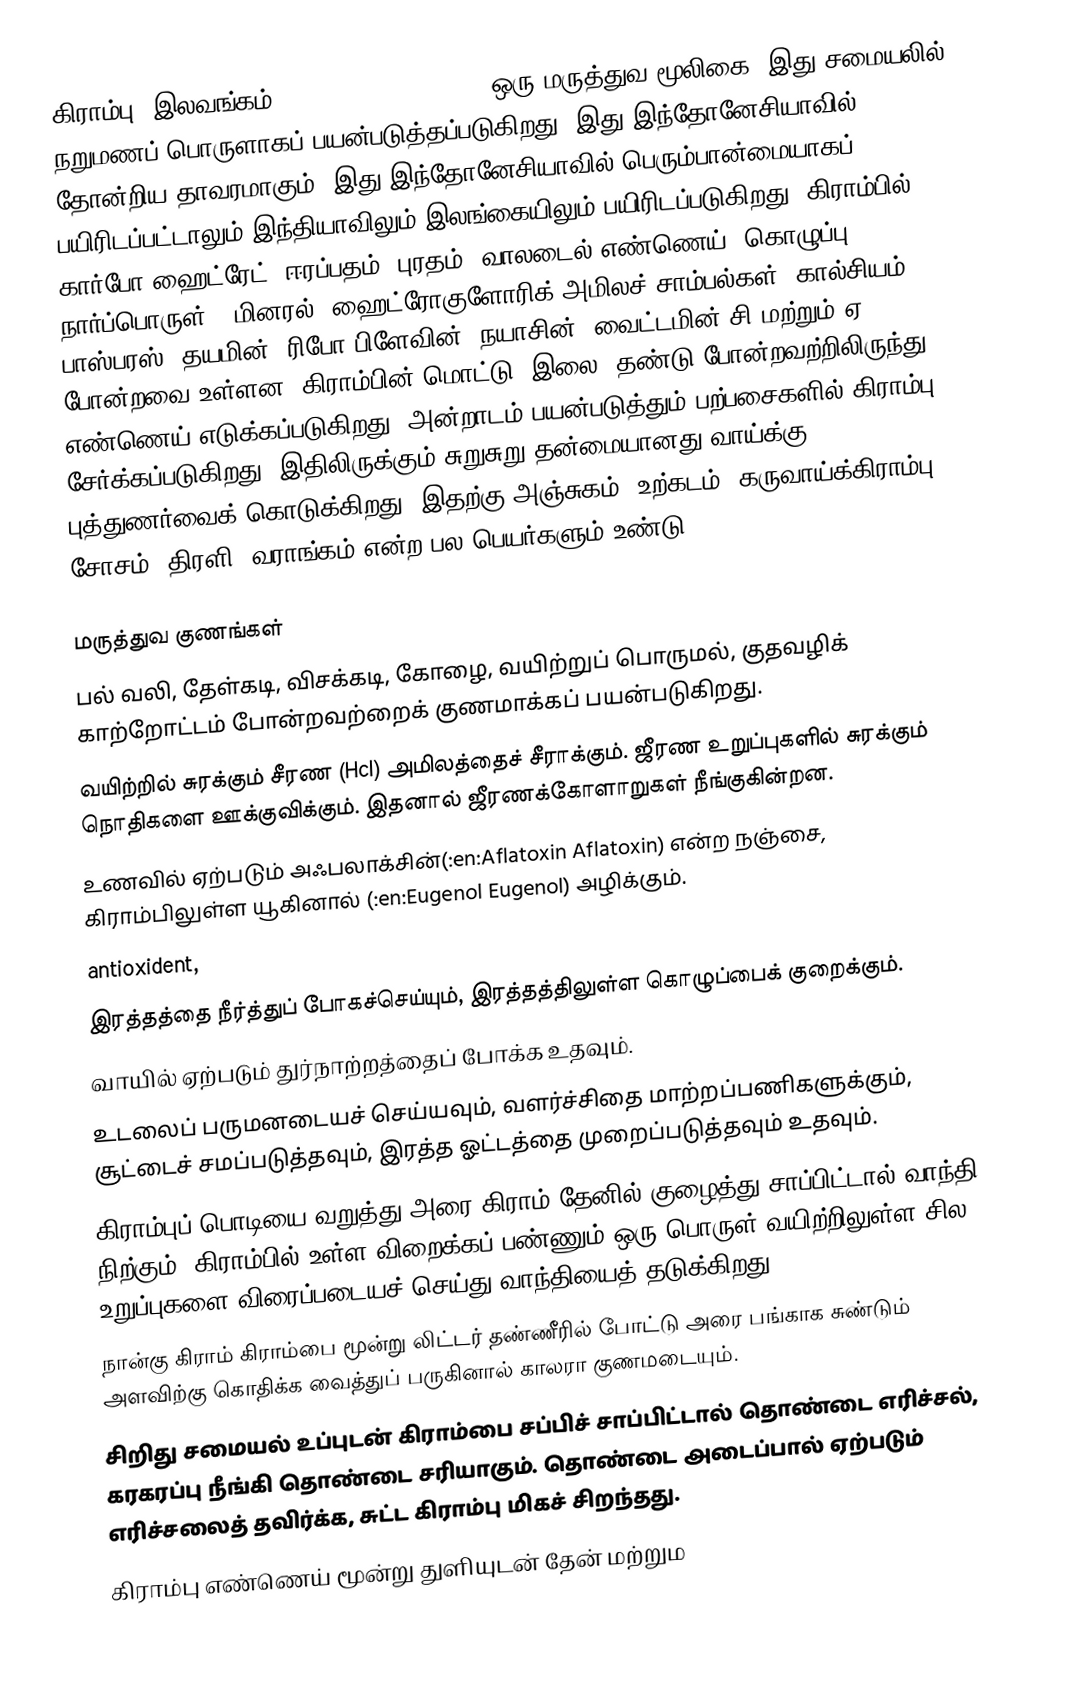
கிராம்பு (இலவங்கம், Syzygium aromaticum) ஒரு மருத்துவ மூலிகை. இது சமையலில் நறுமணப் பொருளாகப் பயன்படுத்தப்படுகிறது. இது இந்தோனேசியாவில் தோன்றிய தாவரமாகும். இது இந்தோனேசியாவில் பெரும்பான்மையாகப் பயிரிடப்பட்டாலும் இந்தியாவிலும் இலங்கையிலும் பயிரிடப்படுகிறது. கிராம்பில் கார்போ ஹைட்ரேட், ஈரப்பதம், புரதம், வாலடைல் எண்ணெய், கொழுப்பு,  நார்ப்பொருள் , மினரல், ஹைட்ரோகுளோரிக் அமிலச் சாம்பல்கள், கால்சியம், பாஸ்பரஸ், தயமின், ரிபோ பிளேவின், நயாசின், வைட்டமின் சி மற்றும் ஏ போன்றவை உள்ளன. கிராம்பின் மொட்டு, இலை, தண்டு போன்றவற்றிலிருந்து எண்ணெய் எடுக்கப்படுகிறது. அன்றாடம் பயன்படுத்தும் பற்பசைகளில் கிராம்பு சேர்க்கப்படுகிறது. இதிலிருக்கும் சுறுசுறு தன்மையானது வாய்க்கு புத்துணர்வைக் கொடுக்கிறது. இதற்கு அஞ்சுகம், உற்கடம், கருவாய்க்கிராம்பு, சோசம், திரளி, வராங்கம் என்ற பல பெயர்களும் உண்டு.

மருத்துவ குணங்கள்
 பல் வலி, தேள்கடி, விசக்கடி, கோழை, வயிற்றுப் பொருமல், குதவழிக் காற்றோட்டம் போன்றவற்றைக் குணமாக்கப் பயன்படுகிறது.
 வயிற்றில் சுரக்கும் சீரண (Hcl) அமிலத்தைச் சீராக்கும். ஜீரண உறுப்புகளில் சுரக்கும் நொதிகளை ஊக்குவிக்கும். இதனால் ஜீரணக்கோளாறுகள் நீங்குகின்றன.
 உணவில் ஏற்படும் அஃபலாக்சின்(:en:Aflatoxin Aflatoxin) என்ற நஞ்சை, கிராம்பிலுள்ள யூகினால் (:en:Eugenol Eugenol) அழிக்கும்.
 antioxident,
 இரத்தத்தை நீர்த்துப் போகச்செய்யும், இரத்தத்திலுள்ள கொழுப்பைக் குறைக்கும்.
 வாயில் ஏற்படும் துர்நாற்றத்தைப் போக்க உதவும்.
 உடலைப் பருமனடையச் செய்யவும், வளர்ச்சிதை மாற்றப்பணிகளுக்கும், சூட்டைச் சமப்படுத்தவும், இரத்த ஓட்டத்தை முறைப்படுத்தவும் உதவும்.
 கிராம்புப் பொடியை வறுத்து அரை கிராம் தேனில் குழைத்து சாப்பிட்டால் வாந்தி நிற்கும். கிராம்பில் உள்ள விறைக்கப் பண்ணும் ஒரு பொருள் வயிற்றிலுள்ள சில உறுப்புகளை விரைப்படையச் செய்து வாந்தியைத் தடுக்கிறது.
 நான்கு கிராம் கிராம்பை மூன்று லிட்டர் தண்ணீரில் போட்டு அரை பங்காக சுண்டும் அளவிற்கு கொதிக்க வைத்துப் பருகினால் காலரா குணமடையும்.
 சிறிது சமையல் உப்புடன் கிராம்பை சப்பிச் சாப்பிட்டால் தொண்டை எரிச்சல், கரகரப்பு நீங்கி தொண்டை சரியாகும். தொண்டை அடைப்பால் ஏற்படும் எரிச்சலைத் தவிர்க்க, சுட்ட கிராம்பு மிகச் சிறந்தது.
 கிராம்பு எண்ணெய் மூன்று துளியுடன் தேன் மற்றும